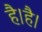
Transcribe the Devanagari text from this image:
है।है।